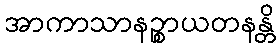
အာကာသာနဉ္စာယတနန္တိ